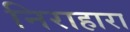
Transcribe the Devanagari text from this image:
निराहारा